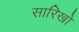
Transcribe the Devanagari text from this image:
सारिखो